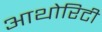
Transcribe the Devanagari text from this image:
आथोरिटी